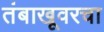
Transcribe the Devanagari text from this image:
तंबाखूवरचा